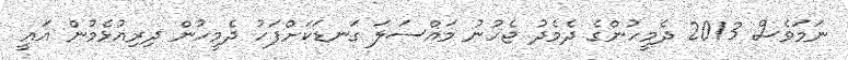
ނަމަވެސް 2013 ދެމީހުންގެ ދެމެދު ޖެހުނު މައްސަލަ ގަނޑަކަށްފަހު ދެމީހުން ދިރިއުޅެމުން އައީ